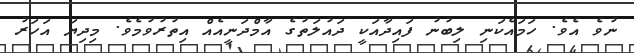
ނުވެ އެވެ. ހަމައެކަނި ލިބުނު ފައިދާއަކީ ދައުލަތުގެ އާމްދަނީއެއް އިތުރުވުމެވެ. މިދިޔަ އަހަރު